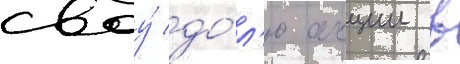
своу́ до́л'ю акции в